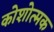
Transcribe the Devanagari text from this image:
कोशोत्मक